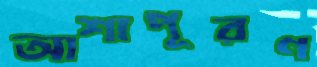
আশাপূরণ